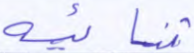
ثنائية